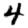
Digit: 4